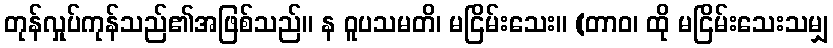
တုန်လှုပ်ကုန်သည်၏အဖြစ်သည်။ န ဝူပသမတိ၊ မငြိမ်းသေး။ (တာဝ၊ ထို မငြိမ်းသေးသမျှ